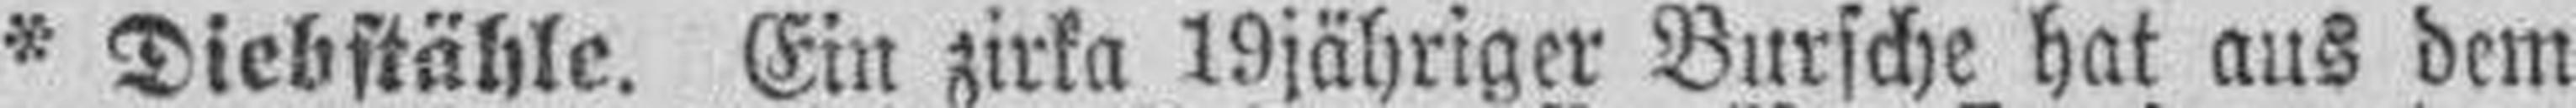
* Diebstähle. Ein zirka 19jähriger Bursche hat aus dem